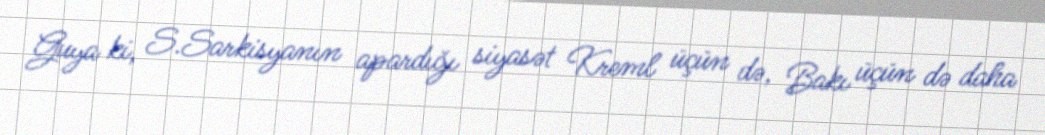
Guya ki, S.Sarkisyanın apardığı siyasət Kreml üçün də, Bakı üçün də daha